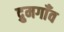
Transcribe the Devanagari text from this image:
द्रुमगाँव